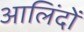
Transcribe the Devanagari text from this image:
आलिंदों